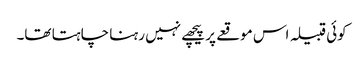
کوئی قبیلہ اس موقعے پر پیچھے نہیں رہنا چاہتا تھا۔